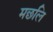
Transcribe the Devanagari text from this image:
मछलि